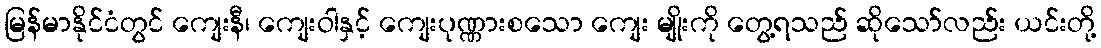
မြန်မာနိုင်ငံတွင် ကျေးနီ၊ ကျေးဝါနှင့် ကျေးပုဏ္ဏားစသော ကျေး မျိုးကို တွေ့ရသည် ဆိုသော်လည်း ယင်းတို့